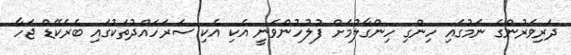
ދަރިވަރުންގެ ނަމުގައި ހިންގި ހިންގާލުމަށް ފުލުހުންވަނީ އެކި އެކި ސަރަހައްދުތަކުގައި ބެރެކޭޑް ޖަހާ